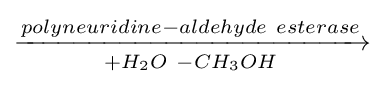
{\xrightarrow[{+H_{2}O\ -CH_{3}OH}]{polyneuridine-aldehyde\ esterase}}